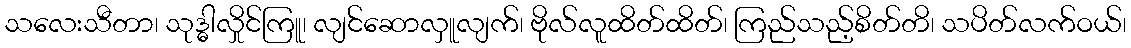
သလေးသီတာ၊ သုဒ္ဓါလှိုင်ကြူ၊ လျင်ဆောလှူလျက်၊ ဗိုလ်လူထိတ်ထိတ်၊ ကြည်သည့်စိတ်တိ၊ သပိတ်လက်ဝယ်၊